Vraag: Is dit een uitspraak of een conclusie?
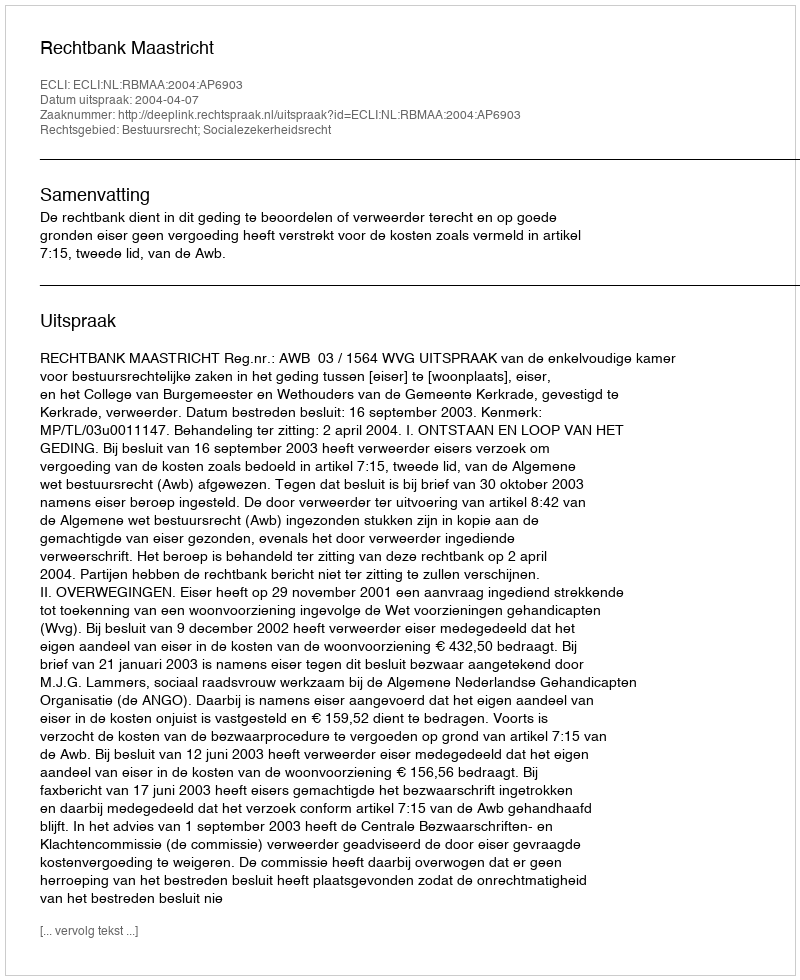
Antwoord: Uitspraak